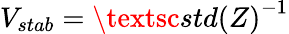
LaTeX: V_{stab}=\textsc{std(Z)}^{-1}